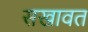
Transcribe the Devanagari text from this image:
सखावत